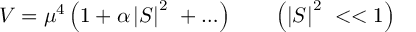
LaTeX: V = \mu ^ { 4 } \left( 1 + \alpha \left| S \right| ^ { 2 } \ + \ldots \right) \qquad \left( \left| S \right| ^ { 2 } \ < < 1 \right)